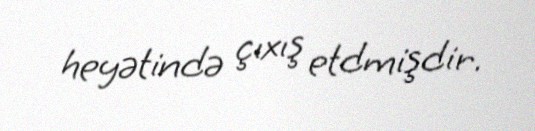
heyətində çıxış etdmişdir.